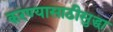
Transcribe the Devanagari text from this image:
करण्यासाठीसुद्धा